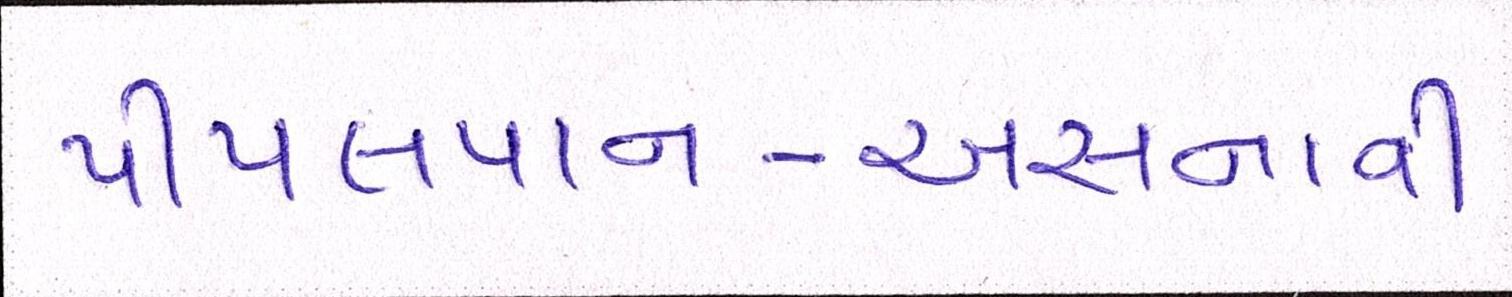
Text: પીપલપાન-અસનાવી